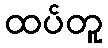
ထပ်တူ